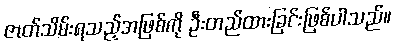
ဇာတ်သိမ်းရသည့်အဖြစ်ကို ဦးတည်ထားခြင်းဖြစ်ပါသည်။